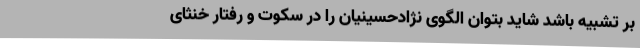
بر تشبیه باشد شاید بتوان الگوی نژاد‌حسینیان را در سکوت و رفتار خنثای